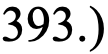
393.)